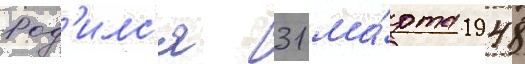
Род'илс'я 31 ма́рта 1948